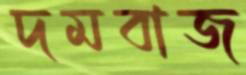
দমবাজ